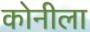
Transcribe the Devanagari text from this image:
कोनीला